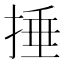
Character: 捶